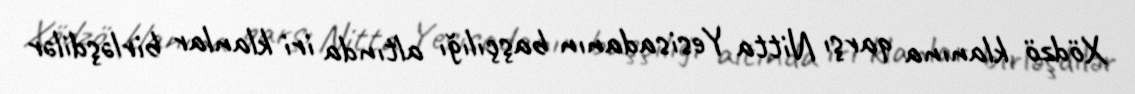
Xödzö klanına qarşı Nitta Yesisadanın başçılığı altında iri klanlar birləşdilər